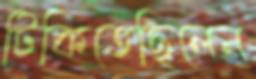
টিকিতেছিলেন